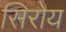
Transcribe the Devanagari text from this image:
सिरोय